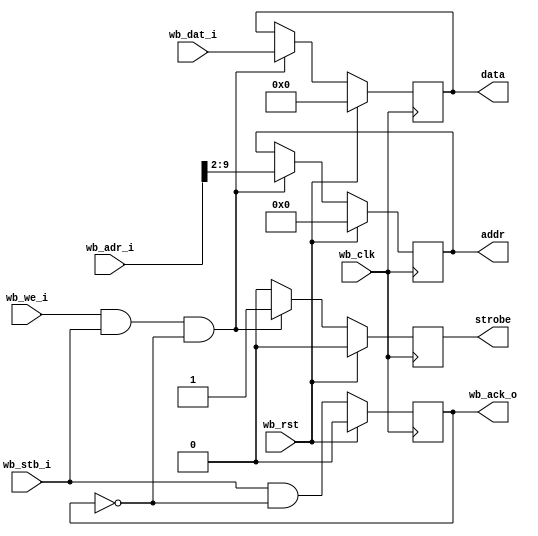
//
// Copyright 2011-2012 Ettus Research LLC
//



// Grab settings off the wishbone bus, send them out to our simpler bus on the fast clock

module settings_bus
  #(parameter AWIDTH=16, parameter DWIDTH=32, parameter SWIDTH=8)
    (input wb_clk, 
     input wb_rst, 
     input [AWIDTH-1:0] wb_adr_i,
     input [DWIDTH-1:0] wb_dat_i,
     input wb_stb_i,
     input wb_we_i,
     output reg wb_ack_o,
     output reg strobe,
     output reg [SWIDTH-1:0] addr,
     output reg [31:0] data);

   reg 	    stb_int, stb_int_d1;
   
   always @(posedge wb_clk)
     if(wb_rst)
       begin
	  strobe <= 1'b0;
	  addr <= {SWIDTH{1'b0}};
	  data <= 32'd0;
       end
     else if(wb_we_i & wb_stb_i & ~wb_ack_o)
       begin
	  strobe <= 1'b1;
	  addr <= wb_adr_i[SWIDTH+1:2];
	  data <= wb_dat_i;
       end
     else
       strobe <= 1'b0;

   always @(posedge wb_clk)
     if(wb_rst)
       wb_ack_o <= 0;
     else
       wb_ack_o <= wb_stb_i & ~wb_ack_o;

endmodule // settings_bus